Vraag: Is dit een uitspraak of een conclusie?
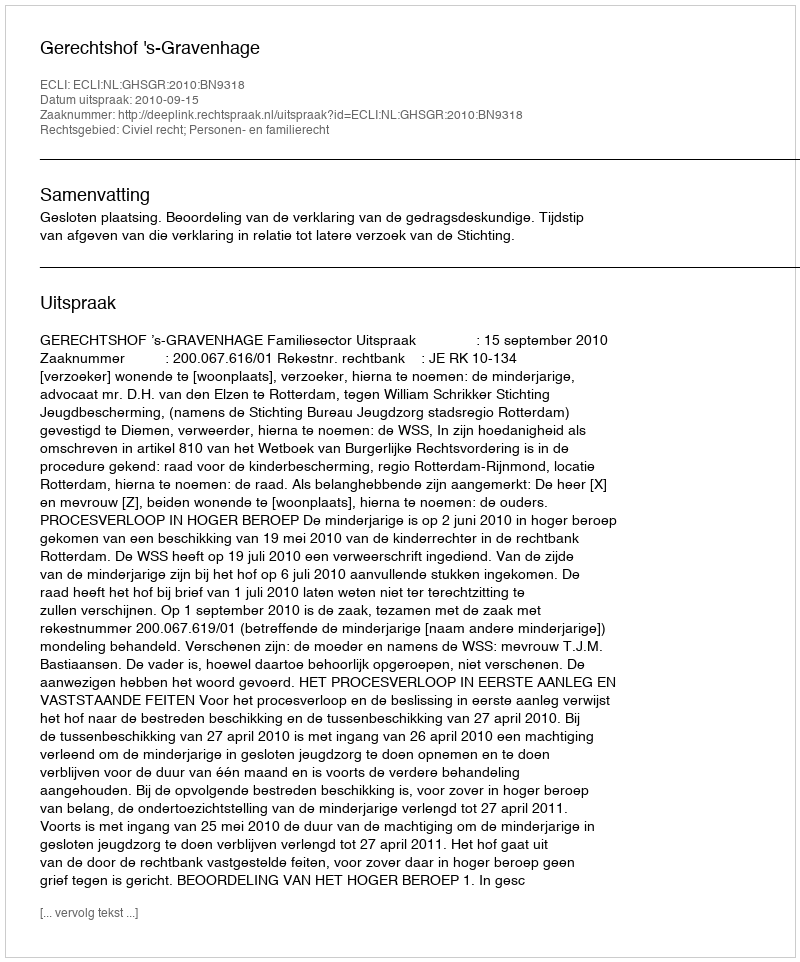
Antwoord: Uitspraak